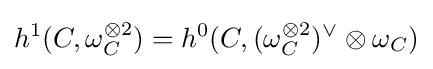
h^{1}(C,\omega _{C}^{\otimes 2})=h^{0}(C,(\omega _{C}^{\otimes 2})^{\vee }\otimes \omega _{C})